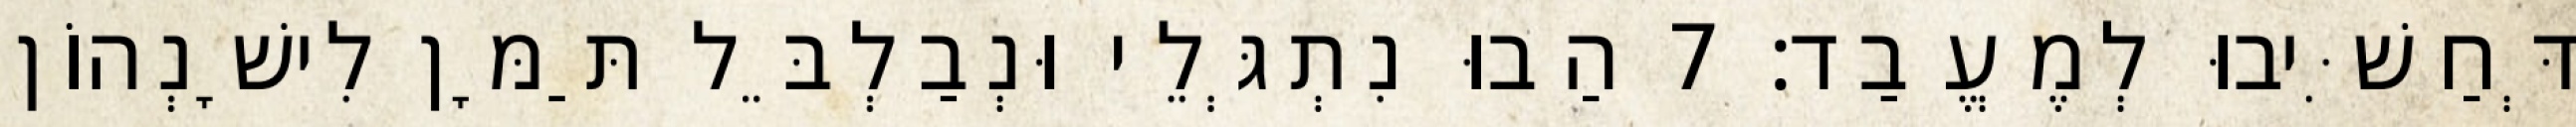
דְּחַשִּׁיבוּ לְמֶעֱבַד׃ 7 הַבוּ נִתְגְּלֵי וּנְבַלְבֵּל תַּמָּן לִישָׁנְהוֹן